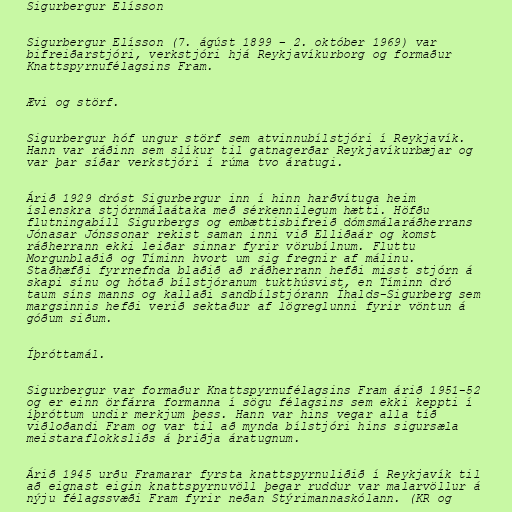
Sigurbergur Elísson

Sigurbergur Elísson (7. ágúst 1899 – 2. október 1969) var
bifreiðarstjóri, verkstjóri hjá Reykjavíkurborg og formaður
Knattspyrnufélagsins Fram.

Ævi og störf.

Sigurbergur hóf ungur störf sem atvinnubílstjóri í Reykjavík.
Hann var ráðinn sem slíkur til gatnagerðar Reykjavíkurbæjar og
var þar síðar verkstjóri í rúma tvo áratugi.

Árið 1929 dróst Sigurbergur inn í hinn harðvítuga heim
íslenskra stjórnmálaátaka með sérkennilegum hætti. Höfðu
flutningabíll Sigurbergs og embættisbifreið dómsmálaráðherrans
Jónasar Jónssonar rekist saman inni við Elliðaár og komst
ráðherrann ekki leiðar sinnar fyrir vörubílnum. Fluttu
Morgunblaðið og Tíminn hvort um sig fregnir af málinu.
Staðhæfði fyrrnefnda blaðið að ráðherrann hefði misst stjórn á
skapi sínu og hótað bílstjóranum tukthúsvist, en Tíminn dró
taum síns manns og kallaði sandbílstjórann Íhalds-Sigurberg sem
margsinnis hefði verið sektaður af lögreglunni fyrir vöntun á
góðum siðum.

Íþróttamál.

Sigurbergur var formaður Knattspyrnufélagsins Fram árið 1951-52
og er einn örfárra formanna í sögu félagsins sem ekki keppti í
íþróttum undir merkjum þess. Hann var hins vegar alla tíð
viðloðandi Fram og var til að mynda bílstjóri hins sigursæla
meistaraflokksliðs á þriðja áratugnum.

Árið 1945 urðu Framarar fyrsta knattspyrnuliðið í Reykjavík til
að eignast eigin knattspyrnuvöll þegar ruddur var malarvöllur á
nýju félagssvæði Fram fyrir neðan Stýrimannaskólann. (KR og